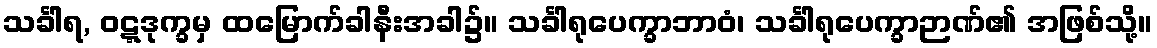
သင်္ခါရ, ဝဋ္ဋဒုက္ခမှ ထမြောက်ခါနီးအခါ၌။ သင်္ခါရုပေက္ခာဘာဝံ၊ သင်္ခါရုပေက္ခာဉာဏ်၏ အဖြစ်သို့။